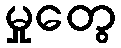
မှုတွေ